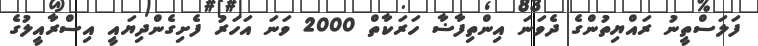
ފަލަސްތީނު ރައްޔިތުންގެ ދެވަނަ އިންތިފާޟާ ހަރަކާތް 2000 ވަނަ އަހަރު ފެށިގެންދިޔައީ އިސްރާއީލުގެ